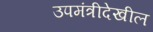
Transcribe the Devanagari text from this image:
उपमंत्रीदेखील